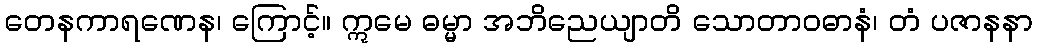
တေနကာရဏေန၊ ကြောင့်။ ဣမေ ဓမ္မာ အဘိညေယျာတိ သောတာဝဓာနံ၊ တံ ပဇာနနာ